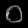
Digit: ၀